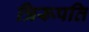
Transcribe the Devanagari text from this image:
त्रिरूपति